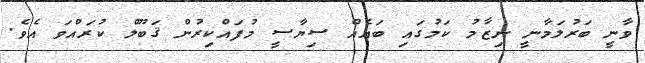
ވާނީ ބަރުލަމާނީ ނިޒާމު ކަމުގައި ބައެއް ސިޔާސީ މުފައްކިރުން ޤަބޫލް ކުރައްވަ އެވެ.